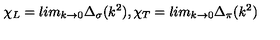
\chi _ { L } = l i m _ { k \rightarrow 0 } \Delta _ { \sigma } ( k ^ { 2 } ) , \chi _ { T } = l i m _ { k \rightarrow 0 } \Delta _ { \pi } ( k ^ { 2 } )